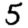
Digit: 5